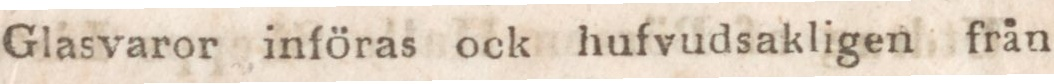
Glasvaror införas ock hufvudsakligen från